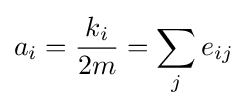
a_{i}={\frac {k_{i}}{2m}}=\sum _{j}e_{ij}